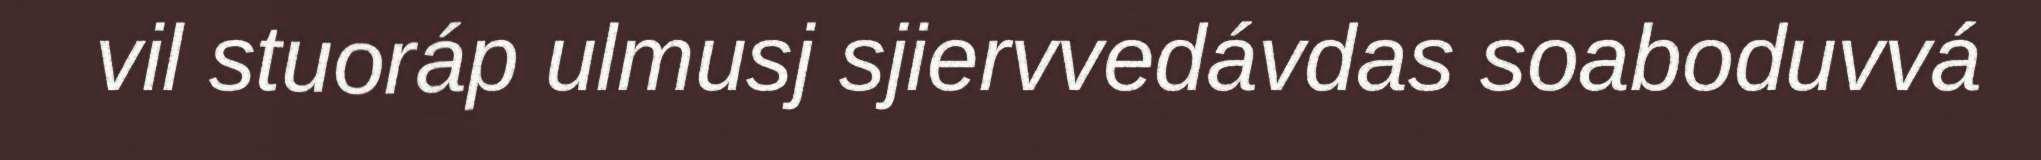
vil stuoráp ulmusj sjiervvedávdas soaboduvvá